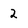
Character: 2